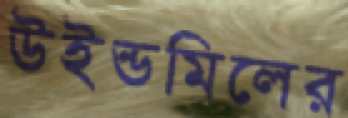
উইন্ডমিলের